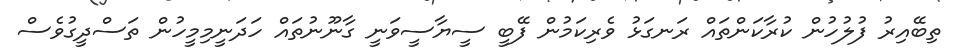
ތިބޭއިރު ފުލުހުން ކުރާކަންތައް ރަނގަޅު ވެރިކަމުން ފޭބީ ސީޔާސީވަނީ ގާނޫނުތައް ހަދަނީމިމީހުން ތަސްދީގުވެސް